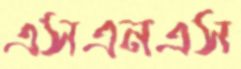
এসএনএস